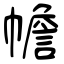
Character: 幨